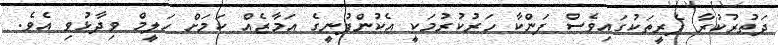
ދަތުރުކުރާ ފެރީތަކުގައިވެސް ފަންކާ ހަރުކުރުމަކީ އެކުންފުނީގެ އަމާޒެއް ކަމަށް ހަލީމް ވިދާޅުވި އެވެ.